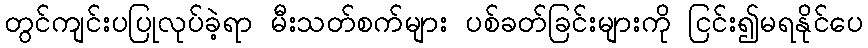
တွင်ကျင်းပပြုလုပ်ခဲ့ရာ မီးသတ်စက်များ ပစ်ခတ်ခြင်းများကို ငြင်း၍မရနိုင်ပေ